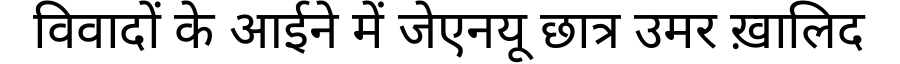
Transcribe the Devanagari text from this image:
विवादों के आईने में जेएनयू छात्र उमर ख़ालिद